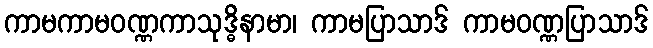
ကာမကာမဝဏ္ဏကာသုဒ္ဓိနာမာ၊ ကာမပြာသာဒ် ကာမဝဏ္ဏပြာသာဒ်